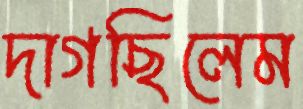
দাগছিলেম